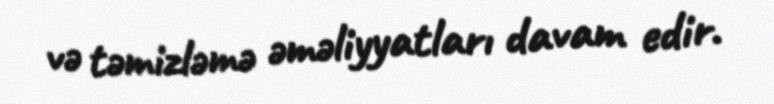
və təmizləmə əməliyyatları davam edir.